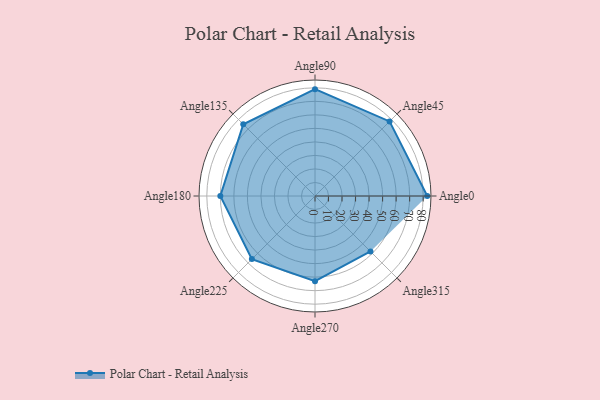
{"axis": {"x": "Angle", "y": "Radius"}, "legend": [""], "data": [{"x": "Angle0", "y": 83.0, "type": ""}, {"x": "Angle45", "y": 78.0, "type": ""}, {"x": "Angle90", "y": 79.0, "type": ""}, {"x": "Angle135", "y": 75.0, "type": ""}, {"x": "Angle180", "y": 70.0, "type": ""}, {"x": "Angle225", "y": 66.0, "type": ""}, {"x": "Angle270", "y": 63.0, "type": ""}, {"x": "Angle315", "y": 58.0, "type": ""}]}